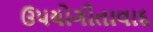
ઉપયોગીતાવાદ